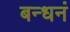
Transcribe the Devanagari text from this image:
बन्धनं